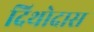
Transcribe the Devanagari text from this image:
दिथोदास